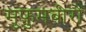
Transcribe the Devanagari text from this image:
मुफ़ुमबीरो